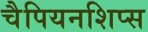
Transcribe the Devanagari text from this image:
चैपियनशिप्स